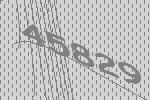
45829